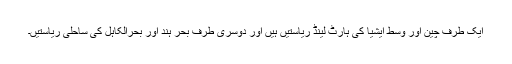
ایک طرف چین اور وسط ایشیا کی ہارٹ لینڈ ریاستیں ہیں اور دوسری طرف بحر ہند اور بحرالکاہل کی ساحلی ریاستیں۔